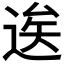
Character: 逘